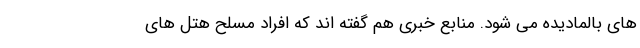
های بالمادیده می شود. منابع خبری هم گفته اند که افراد مسلح هتل های